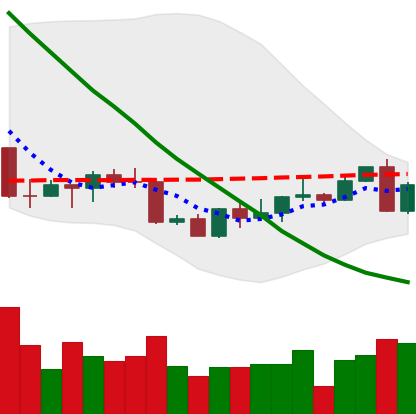
Ticker: LINK-USD
Chart end date: 2022-09-07
Forward return: 9.395%
Label: up_7plus